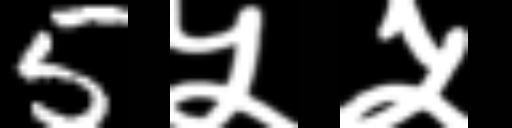
Text: 5५५